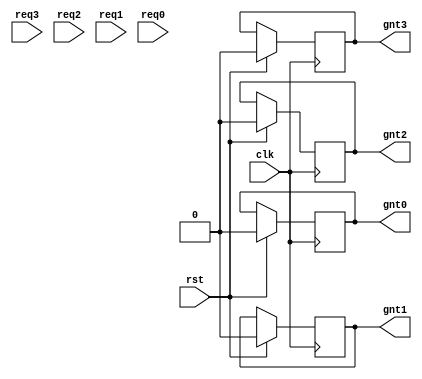
`timescale 1ns / 1ps
// Round Robin Arbiter
module round_robin_arbiter(
      clk,    
      rst,    
      req3,   
      req2,   
      req1,   
      req0,   
      gnt3,   
      gnt2,   
      gnt1,   
      gnt0   
);
    // PORT DECLARATION
    input           clk;    // Saat sinyali
    input           rst;    // Sfrlama sinyali
    input           req3;   // Request 3
    input           req2;   // Request 2
    input           req1;   // Request 1
    input           req0;   // Request 0
    output          gnt3;   // Grant 3
    output          gnt2;   // Grant 2
    output          gnt1;   // Grant 1
    output          gnt0;   // Grant 0

    // INTERNAL REGISTERS
    wire    [1:0]   gnt       ;   // Temp grant signal
    wire            comreq    ;   // Common Request
    wire            beg       ;   // begin
    wire   [1:0]    lgnt      ;   // Latched encoded grant
    wire            lcomreq   ;   // Veri yolu durumu
    reg             lgnt0     ;   // Latched encoded grant 0
    reg             lgnt1     ;   // Latched encoded grant 1
    reg             lgnt2     ;   // Latched encoded grant 2
    reg             lgnt3     ;   // Latched encoded grant 3
    reg             mask_enable   ;   // Maskeleme enable signal
    reg             lmask0    ;   // Latched maskeleme 0
    reg             lmask1    ;   // Latched maskeleme 1
    reg             ledge    ;   // Kenar sinyali

always @ (posedge clk)

  if (rst)  // Eer sfrlama etkinse
  begin
    lgnt0 <= 0;
    lgnt1 <= 0;
    lgnt2 <= 0;
    lgnt3 <= 0;
  end 

  else
  begin
  end

// Baslangic sinyalleri
assign beg = (req3 | req2 | req1 | req0) & ~lcomreq;

// Ortak Talep Sinyali (Veri Yolu Durumu)
assign lcomreq = ( req3 & lgnt3 )
              | ( req2 & lgnt2 )
              | ( req1 & lgnt1 )
              | ( req0 & lgnt0 );

// Encoder 
assign  lgnt =  {(lgnt3 | lgnt2),(lgnt3 | lgnt1)};

// Maske registerlar
always @ (posedge clk )
if( rst ) 
begin
  lmask1 <= 0;
  lmask0 <= 0;
end 
else if(mask_enable) 
begin
  lmask1 <= lgnt[1];
  lmask0 <= lgnt[0];
end 
else 
begin
  lmask1 <= lmask1;
  lmask0 <= lmask0;
end 

assign comreq = lcomreq;
assign gnt    = lgnt;

// klar
assign gnt3   = lgnt3;
assign gnt2   = lgnt2;
assign gnt1   = lgnt1;
assign gnt0   = lgnt0;
endmodule